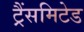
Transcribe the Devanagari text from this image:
ट्रैंसमिटेड